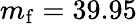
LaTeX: m_{\mathrm{f}}=39.95